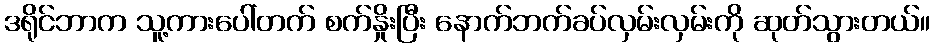
ဒရိုင်ဘာက သူ့ကားပေါ်တက် စက်နှိုးပြီး နောက်ဘက်ခပ်လှမ်းလှမ်းကို ဆုတ်သွားတယ်။